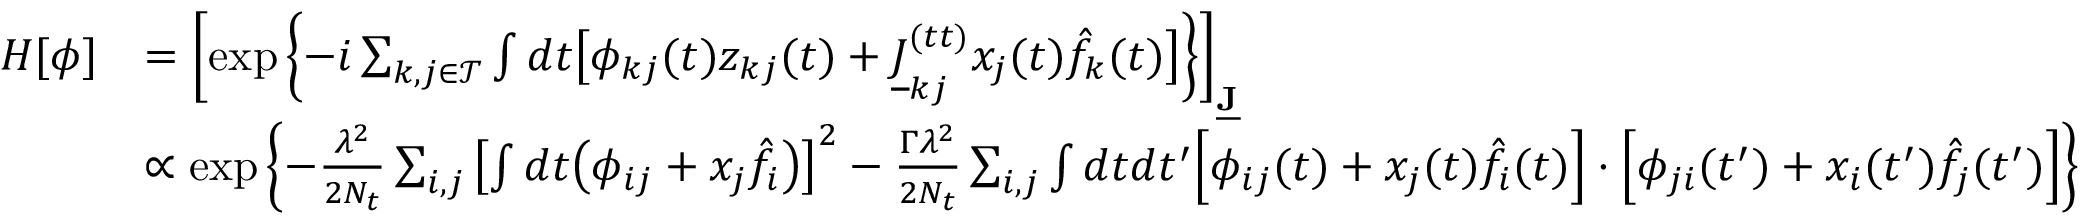
\begin{array} { r l } { H [ \boldsymbol { \phi } ] } & { = \left[ \exp \left\{ - i \sum _ { k , j \in \mathcal { T } } \int d t \big [ \phi _ { k j } ( t ) z _ { k j } ( t ) + \underline { { J } } _ { k j } ^ { ( t t ) } x _ { j } ( t ) \hat { f } _ { k } ( t ) \big ] \right\} \right] _ { \underline { { \mathbf { J } } } } } \\ & { \propto \exp \left\{ - \frac { \lambda ^ { 2 } } { 2 N _ { t } } \sum _ { i , j } \left[ \int d t \big ( \phi _ { i j } + x _ { j } \hat { f } _ { i } \big ) \right] ^ { 2 } - \frac { \Gamma \lambda ^ { 2 } } { 2 N _ { t } } \sum _ { i , j } \int d t d t ^ { \prime } \Big [ \phi _ { i j } ( t ) + x _ { j } ( t ) \hat { f } _ { i } ( t ) \Big ] \cdot \Big [ \phi _ { j i } ( t ^ { \prime } ) + x _ { i } ( t ^ { \prime } ) \hat { f } _ { j } ( t ^ { \prime } ) \Big ] \right\} } \end{array}